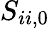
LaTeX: S_{ii,0}